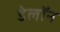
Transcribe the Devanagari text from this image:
डेलॉन